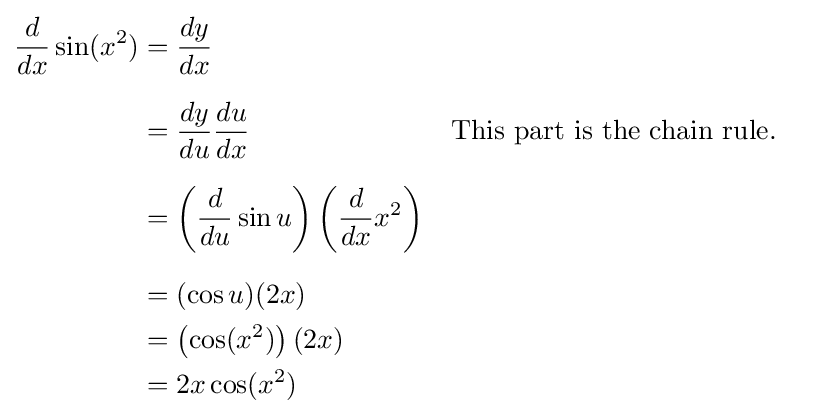
{\begin{aligned}{\frac {d}{dx}}\sin(x^{2})&={\frac {dy}{dx}}\\[6pt]&={\frac {dy}{du}}{\frac {du}{dx}}&&{\text{This part is the chain rule.}}\\[6pt]&=\left({\frac {d}{du}}\sin u\right)\left({\frac {d}{dx}}x^{2}\right)\\[6pt]&=(\cos u)(2x)\\&=\left(\cos(x^{2})\right)(2x)\\&=2x\cos(x^{2})\end{aligned}}